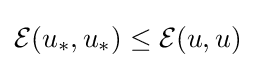
{\mathcal {E}}(u_{*},u_{*})\leq {\mathcal {E}}(u,u)